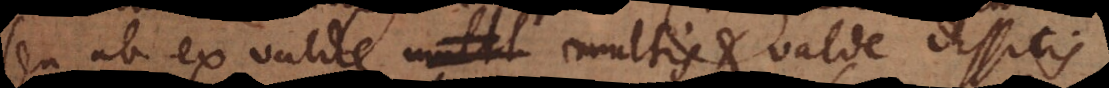
seu ex valde multis multis et valde dissitis